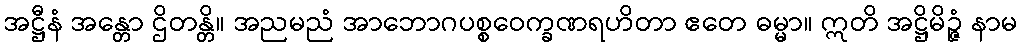
အဋ္ဌီနံ အန္တော ဌိတန္တိ။ အညမညံ အာဘောဂပစ္စဝေက္ခဏရဟိတာ ဧတေ ဓမ္မာ။ ဣတိ အဋ္ဌိမိဉ္ဇံ နာမ